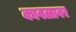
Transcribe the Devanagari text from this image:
कावळावर